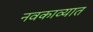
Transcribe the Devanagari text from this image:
नवकाव्यात